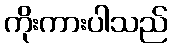
ကိုးကားပါသည်